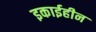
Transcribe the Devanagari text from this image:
इकाईहीन